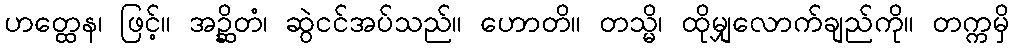
ဟတ္ထေန၊ ဖြင့်။ အဉ္ဆိတံ၊ ဆွဲငင်အပ်သည်။ ဟောတိ။ တသ္မိ၊ ထိုမျှလောက်ချည်ကို။ တက္ကမှိ